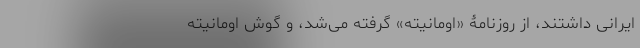
ایرانی داشتند، از روزنامۀ «اومانیته» گرفته می‌شد، و گوشِ اومانیته